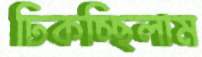
ঢিকচ্ছিলাম